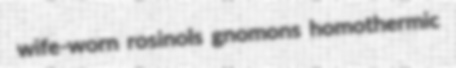
wife-worn rosinols gnomons homothermic